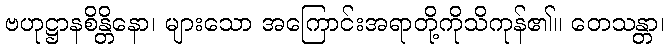
ဗဟုဋ္ဌာနစိန္တိနော၊ များသော အကြောင်းအရာတို့ကိုသိကုန်၏။ တေသန္တာ၊